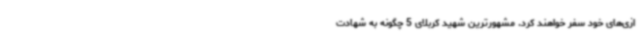
ازی‌های خود سفر خواهند کرد. مشهورترین شهید کربلای 5 چگونه به شهادت